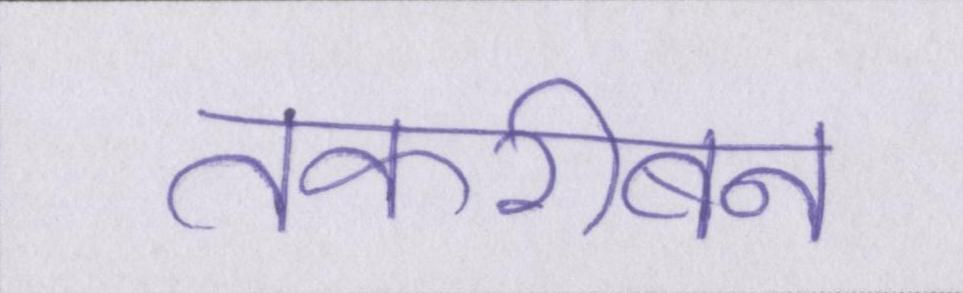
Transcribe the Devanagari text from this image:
तकरीबन